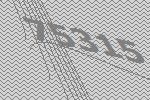
75315